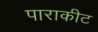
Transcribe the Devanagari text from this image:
पाराकीट